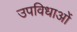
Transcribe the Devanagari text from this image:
उपविधाओं